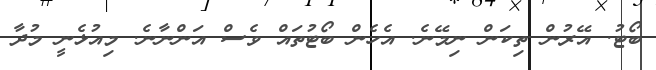
ބޯޓު. އޭރުން ތިކަން ނިމޭނެ. އެހެން ބޯޓުތައް ވެސް އަންނާނެ. މިއުޅެނީ މުދާ